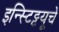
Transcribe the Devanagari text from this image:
इन्स्टिट्टयूचे